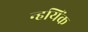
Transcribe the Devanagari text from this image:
न्हयिंक